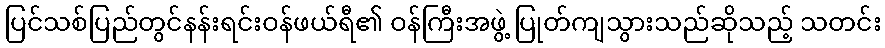
ပြင်သစ်ပြည်တွင်နန်းရင်းဝန်ဖယ်ရီ၏ ဝန်ကြီးအဖွဲ့ ပြုတ်ကျသွားသည်ဆိုသည့် သတင်း